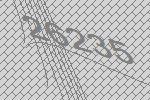
26235